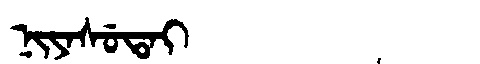
Manchu: ᠨᡳᠶᠠᠰᡠᡨᠠᡳ
Romanization: NIYASUTAI